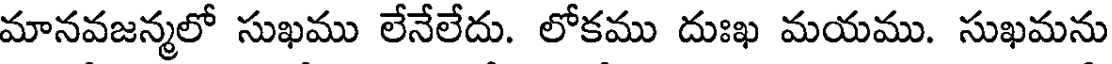
మానవజన్మలో సుఖము లేనేలేదు. లోకము దుఃఖ మయము. సుఖమను